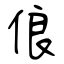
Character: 俍